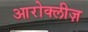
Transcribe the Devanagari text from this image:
आरोक्लीज़